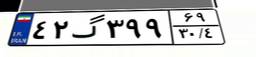
۴۲گ۳۹۹۶۹